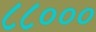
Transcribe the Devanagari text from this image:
८८०००